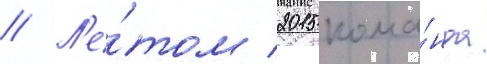
// Л'е́том 2015 кома́нда